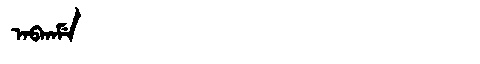
Manchu: ᠠᠪᡴᠠᠮᡝ
Romanization: ABKAME